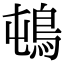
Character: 𲍛